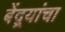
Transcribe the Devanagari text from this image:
बेंद्र्यांचा